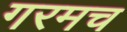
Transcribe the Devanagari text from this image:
गरमच